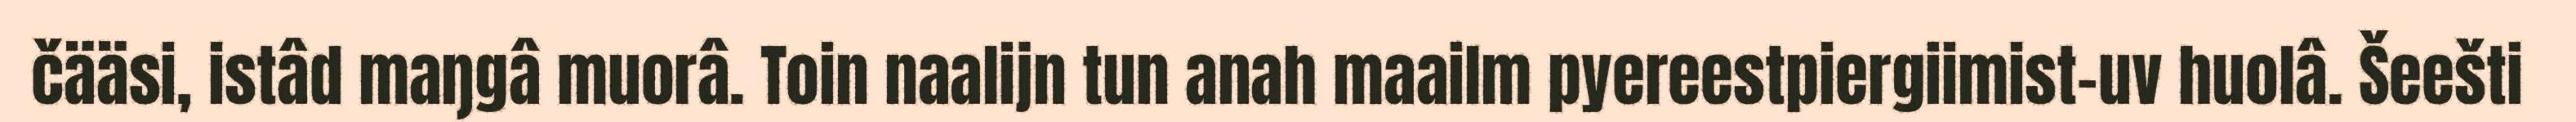
čääsi, istâd maŋgâ muorâ. Toin naalijn tun anah maailm pyereestpiergiimist-uv huolâ. Šeešti